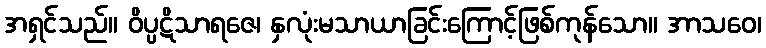
အရှင်သည်။ ဝိပ္ပဋိသာရဇေ၊ နှလုံးမသာယာခြင်းကြောင့်ဖြစ်ကုန်သော။ အာသဝေ၊